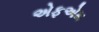
એફએમ